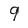
Character: 9